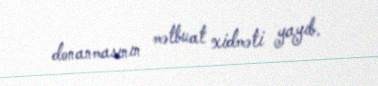
donanmasının mətbuat xidməti yayıb.